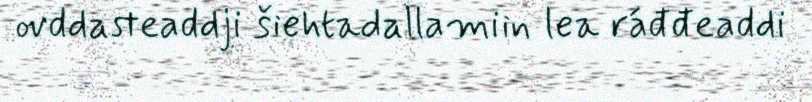
ovddasteaddji šiehtadallamiin lea ráđđeaddi